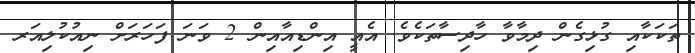
ތަކަކާއި ގުޅިގެން ދިމާވާ ހާދިސާތަކެވެ. އެއީ އިންޑިއާއިން 2 ވަނަ ފަހަރަށް ނިއުކުލިއަރ